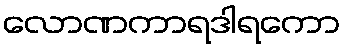
လောဏကာရဒါရကော